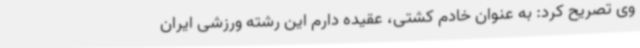
وی تصریح کرد: به عنوان خادم کشتی، عقیده دارم این رشته ورزشی ایران